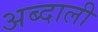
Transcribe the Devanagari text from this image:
अब्‍दाली